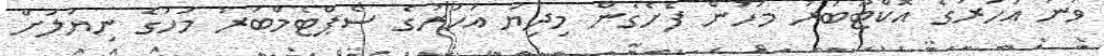
ވަނަ އަހަރުގެ އޮކްޓޫބަރު މަހުން ފެށެގެން މިދިޔަ އަހަރުގެ ސެޕްޓެމްބަރު މަހުގެ ނިޔަލަށް